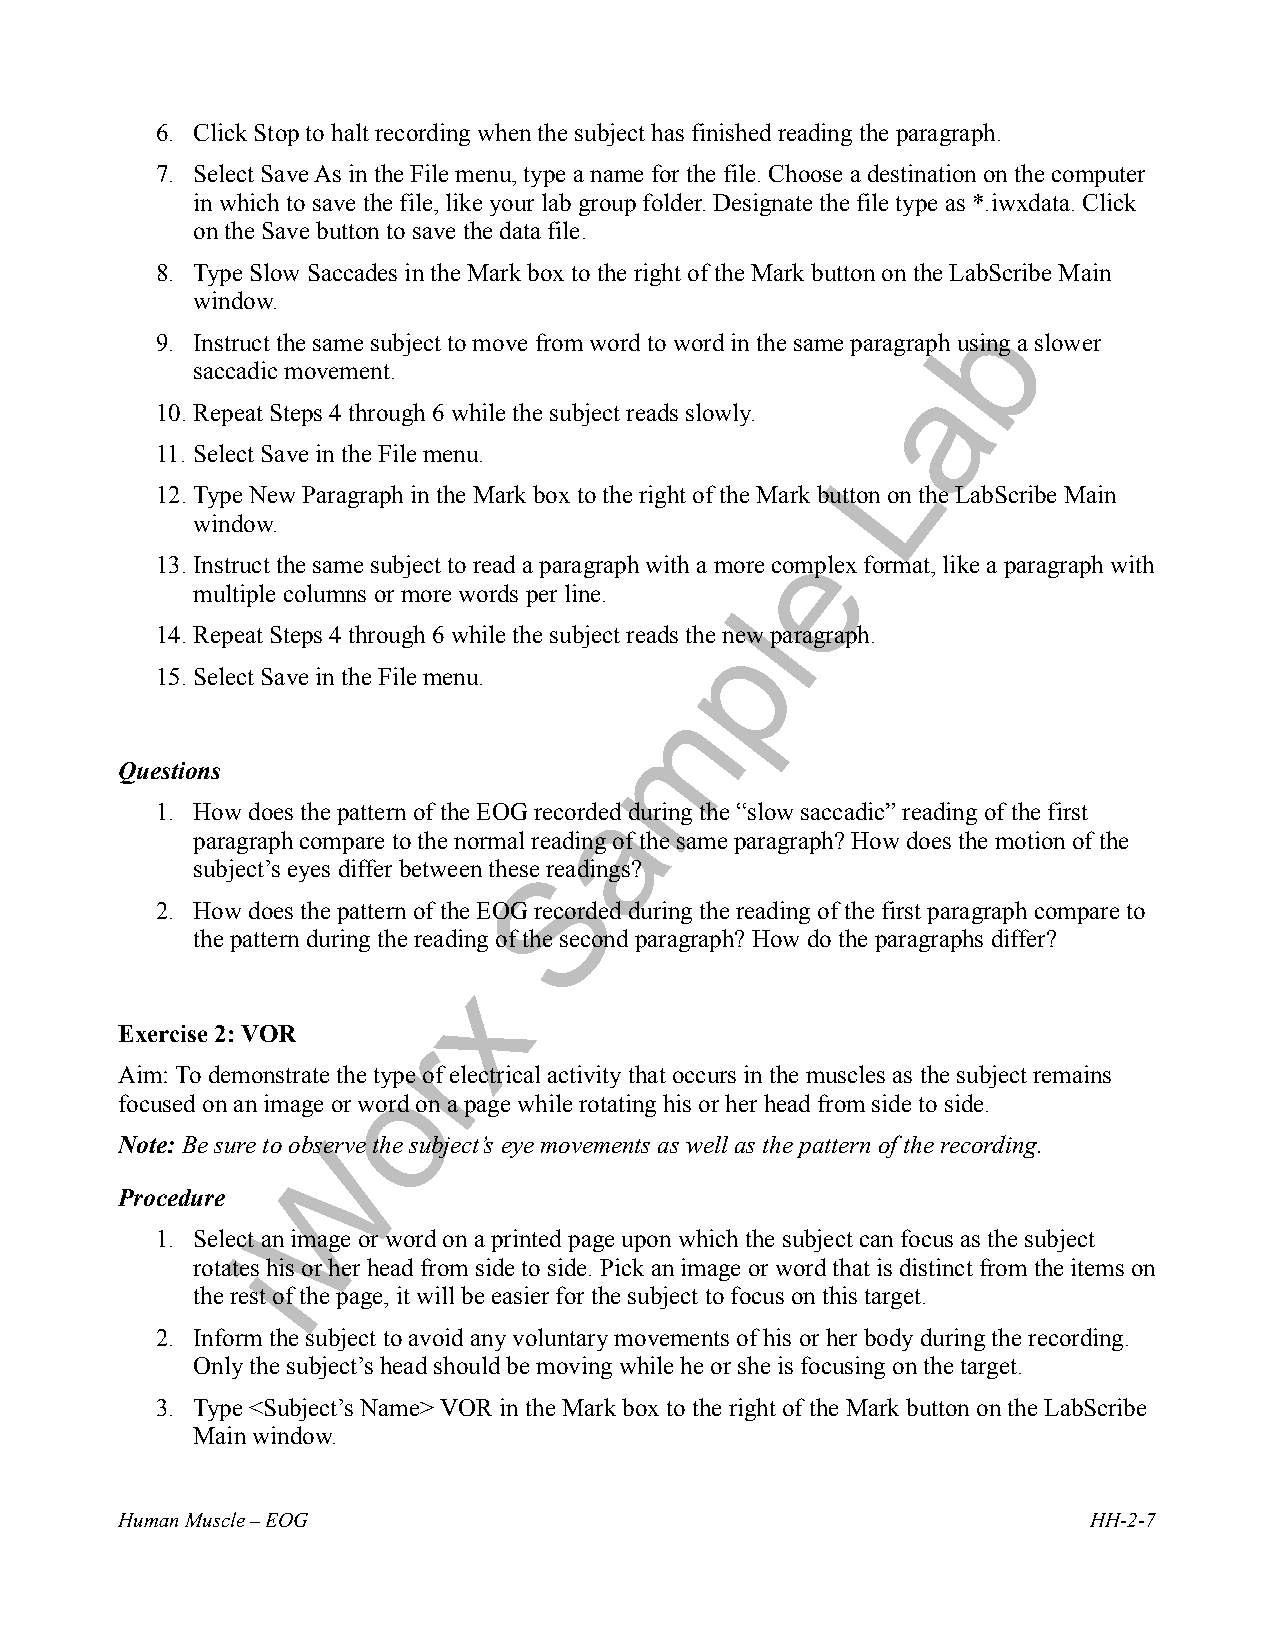
6. Click Stop to halt recording when the subject has finished reading the paragraph.
 7. Select Save As in the File menu, type a name for the file. Choose a destination on the computer
 in which to save the file, like your lab group folder. Designate the file type as *.iwxdata. Click
 on the Save button to save the data file.
 8. Type Slow Saccades in the Mark box to the right of the Mark button on the LabScribe Main
 window.
 9. Instruct the same subject to move from word to word in the same paragraph using a slower
 saccadic movement.
 10.Repeat Steps 4 through 6 while the subject reads slowly.
 11. Select Save in the File menu.
 12.Type New Paragraph in the Mark box to the right of the Mark button on the LabScribe Main
 window.
 13.Instruct the same subject to read a paragraph with a more complex format, like a paragraph with
 multiple columns or more words per line.
 14.Repeat Steps 4 through 6 while the subject reads the new paragraph.
 15.Select Save in the File menu.
 Questions
 1. How does the pattern of the EOG recorded during the “slow saccadic” reading of the first
 paragraph compare to the normal reading of the same paragraph? How does the motion of the
 subject’s eyes differ between these readings?
 2. How does the pattern of the EOG recorded during the reading of the first paragraph compare to
 the pattern during the reading of the second paragraph? How do the paragraphs differ?
 Exercise 2: VOR
 Aim: To demonstrate the type of electrical activity that occurs in the muscles as the subject remains
 focused on an image or word on a page while rotating his or her head from side to side.
 Note: Be sure to observe the subject’s eye movements as well as the pattern of the recording.
 Procedure
 1. Select an image or word on a printed page upon which the subject can focus as the subject
 rotates his or her head from side to side. Pick an image or word that is distinct from the items on
 the rest of the page, it will be easier for the subject to focus on this target.
 2. Inform the subject to avoid any voluntary movements of his or her body during the recording.
 Only the subject’s head should be moving while he or she is focusing on the target.
 3. Type <Subject’s Name> VOR in the Mark box to the right of the Mark button on the LabScribe
 Main window.
 Human Muscle – EOG                                              HH-2-7
 i
 W
 o
 r
 x
 S
 a
 m
 p
 l
 e
 L
 a
 b